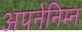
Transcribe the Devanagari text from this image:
अपनेनिम्न